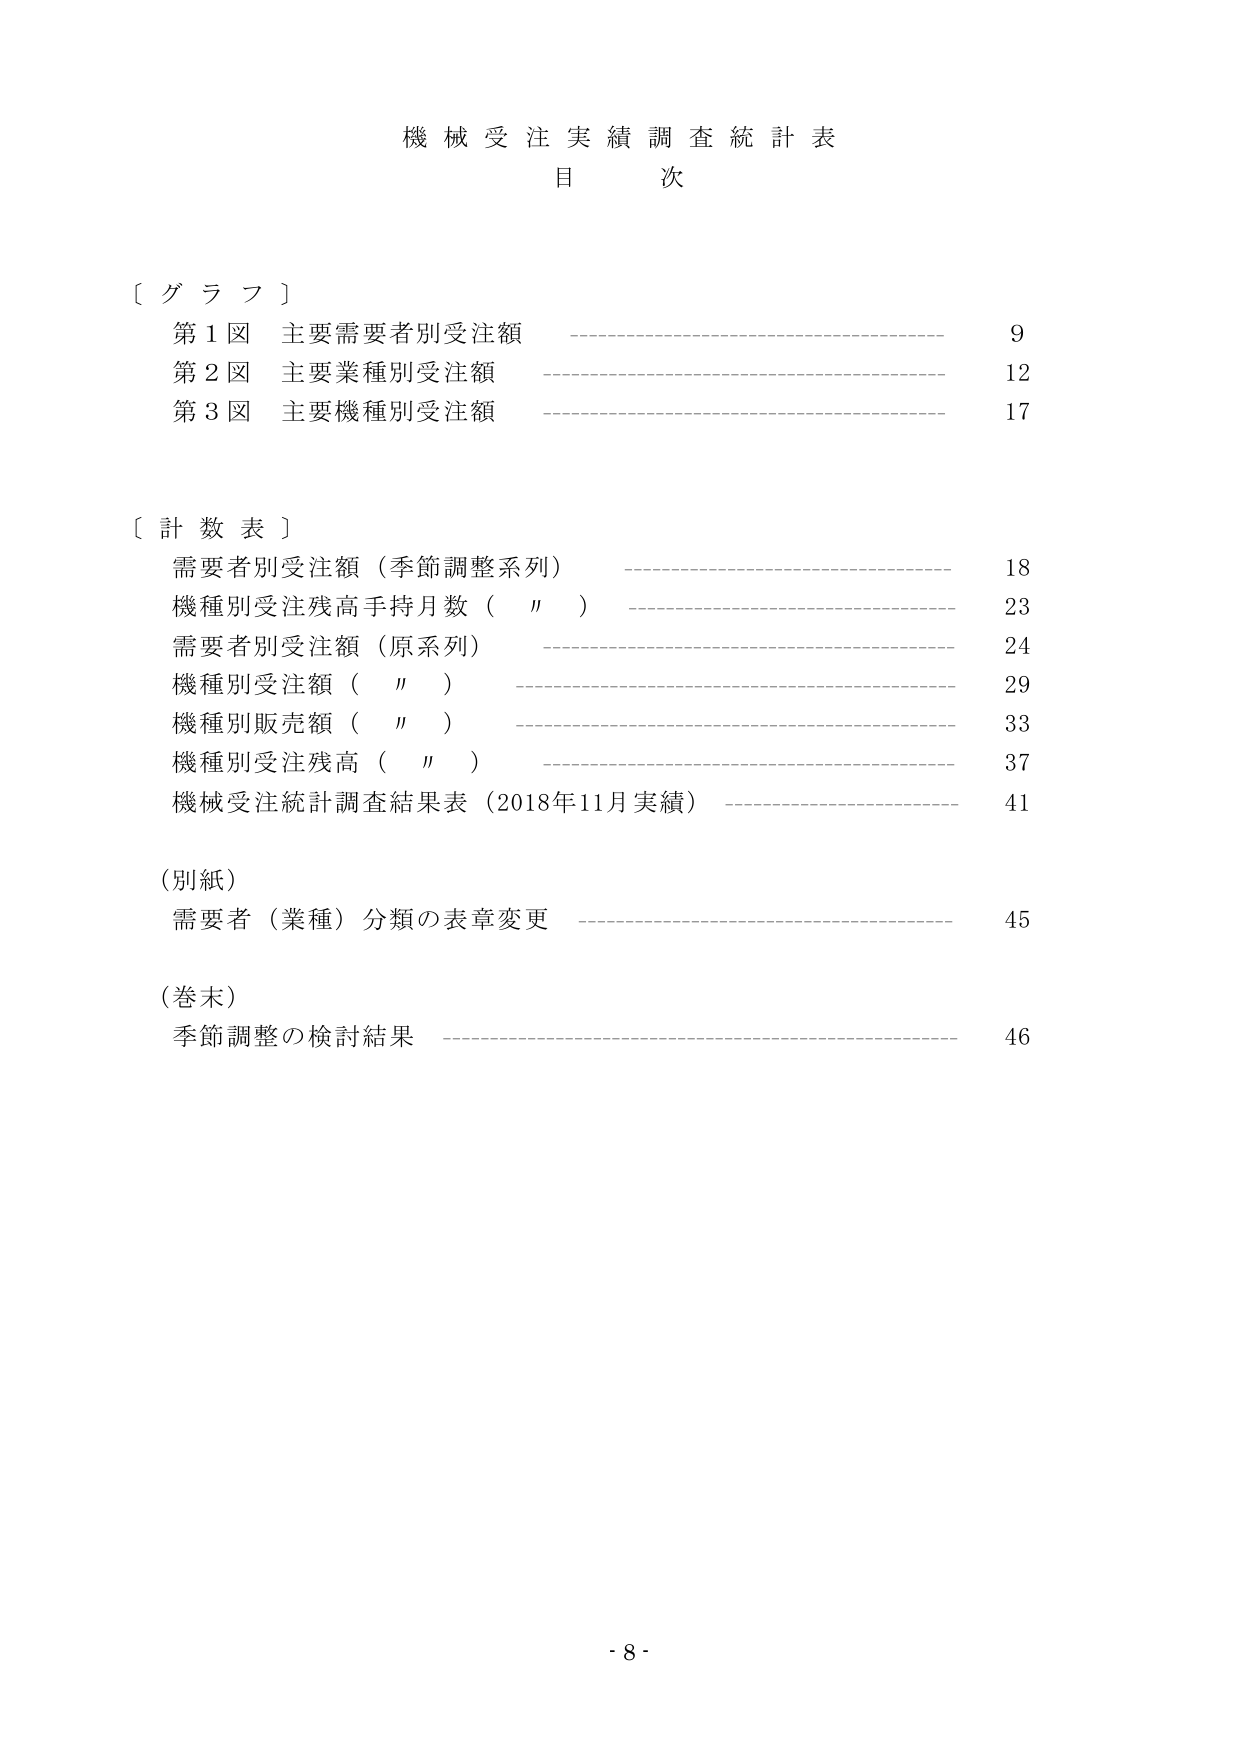
機械受注実績調査統計表
目 次

〔グラフ〕
第1図 主要需要者別受注額 ———————————————————— 9
第2図 主要業種別受注額 ———————————————————— 12
第3図 主要機種別受注額 ———————————————————— 17

〔計数表〕
需要者別受注額（季節調整系列） ———————————————————— 18
機種別受注残高手持月数（　〃　） ———————————————————— 23
需要者別受注額（原系列） ———————————————————— 24
機種別受注額（　〃　） ———————————————————— 29
機種別販売額（　〃　） ———————————————————— 33
機種別受注残高（　〃　） ———————————————————— 37
機械受注統計調査結果表（2018年11月実績） ———————————————————— 41

（別紙）
需要者（業種）分類の表章変更 ———————————————————— 45

（巻末）
季節調整の検討結果 ———————————————————— 46

- 8 -